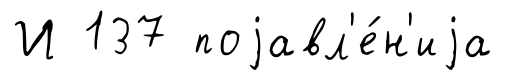
И 137 поjавл'е́н'иjа